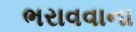
ભરાવવાના